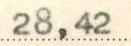
28,42